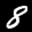
Label: 8